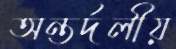
অন্তর্দলীয়